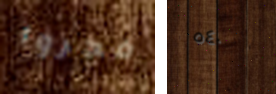
فجروا ٥٤٠